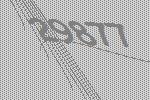
29877